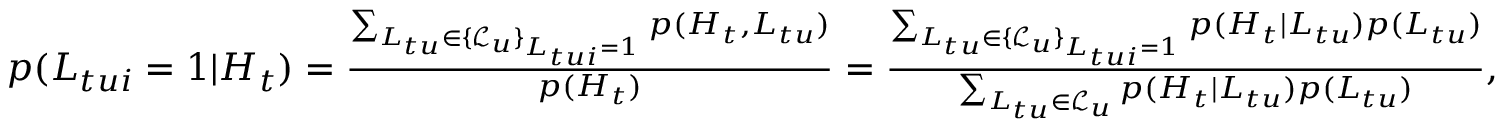
\begin{array} { r } { p ( L _ { t u i } = 1 | H _ { t } ) = \frac { \sum _ { L _ { t u } \in \{ \mathcal { L } _ { u } \} _ { L _ { t u i } = 1 } } p ( H _ { t } , L _ { t u } ) } { p ( H _ { t } ) } = \frac { \sum _ { L _ { t u } \in \{ \mathcal { L } _ { u } \} _ { L _ { t u i } = 1 } } p ( H _ { t } | L _ { t u } ) p ( L _ { t u } ) } { \sum _ { L _ { t u } \in \mathcal { L } _ { u } } p ( H _ { t } | L _ { t u } ) p ( L _ { t u } ) } , } \end{array}